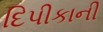
દિપીકાની